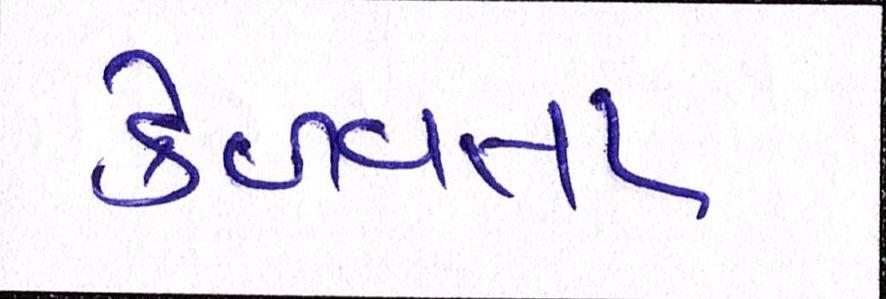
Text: કેળવતા